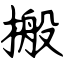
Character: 搬